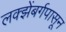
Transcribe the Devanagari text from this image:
लक्झेंबर्गपासून